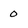
Character: 0